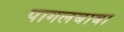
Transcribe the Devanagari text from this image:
पागलबाबा